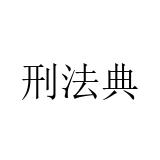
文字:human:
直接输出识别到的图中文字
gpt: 刑法典